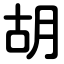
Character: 胡